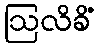
ဩလိခိံ